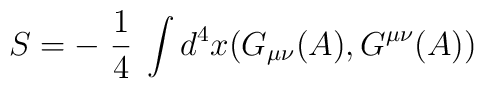
S = - \; \frac{1}{4}\; \int d^{4}x (G_{\mu\nu}(A), G^{\mu\nu}(A))